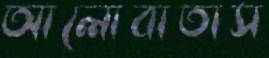
আলোবাতাস